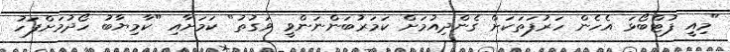
"މިއީ ފުޓްބޯޅަ އެހެން ހަރުފަތަކަށް ގެންދިއުމަށް ކަމަރުބަންނަންވީ ވަގުތު" ކަމަށާއި "ކާމިޔާބު ހޯދުމަށްފަހު